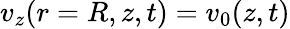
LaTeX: v_{z}(r=R,z,t)=v_{0}(z,t)